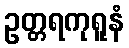
ဥတ္တရကုရူနံ